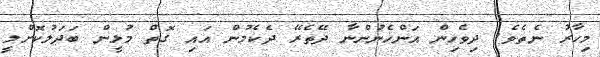
މިހާރު ނެތެވެ. ދިވެހިން އަންހެނުންނާ ދޭތެރޭ ދެކެމުން އައި ގޮތް މުޅީން ބަދަލުކޮށްލީ